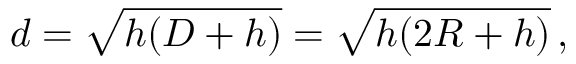
d = { \sqrt { h ( D + h ) } } = { \sqrt { h ( 2 R + h ) } } \, ,